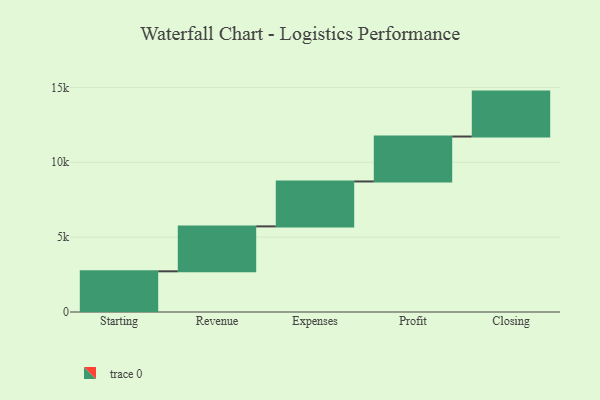
{"axis": {"x": "Step", "y": "Value"}, "legend": [""], "data": [{"x": "Starting", "y": 2717.0, "type": ""}, {"x": "Revenue", "y": 3000, "type": ""}, {"x": "Expenses", "y": 3000, "type": ""}, {"x": "Profit", "y": 3000, "type": ""}, {"x": "Closing", "y": 3000, "type": ""}]}